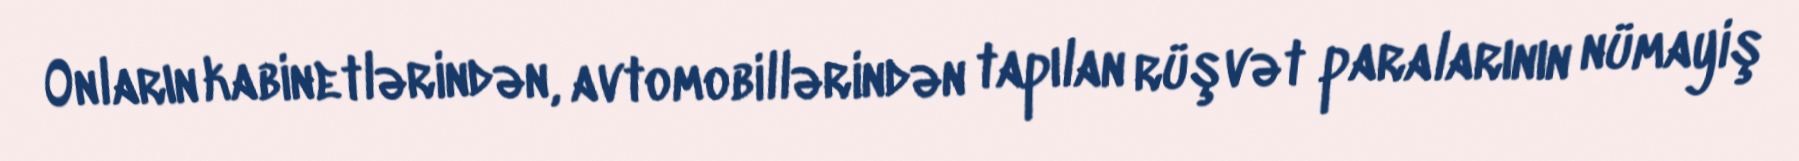
Onların kabinetlərindən, avtomobillərindən tapılan rüşvət paralarının nümayiş